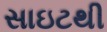
સાઇટથી